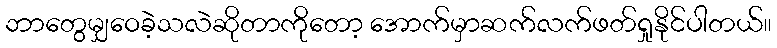
ဘာတွေမျှဝေခဲ့သလဲဆိုတာကိုတော့ အောက်မှာဆက်လက်ဖတ်ရှုနိုင်ပါတယ်။